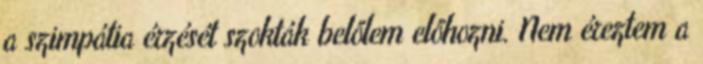
a szimpátia érzését szokták belőlem előhozni. Nem éreztem a